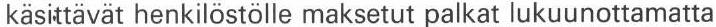
käsittävät henkilöstölle maksetut palkat lukuunottamatta